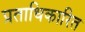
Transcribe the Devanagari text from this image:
प्रताधिकारित